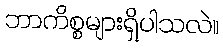
ဘာကိစ္စများရှိပါသလဲ။